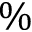
\%